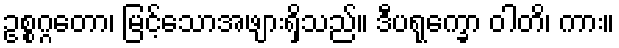
ဥစ္စဂ္ဂတော၊ မြင့်သောအဖျားရှိသည်။ ဒီပရုက္ခော ဝါတိ၊ ကား။